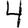
Digit: 4